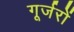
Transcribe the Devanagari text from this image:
गूर्जरों